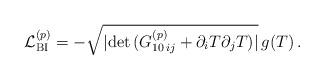
LaTeX: \begin{align*} {\cal L}_{\rm BI}^{(p)} = -\sqrt{ |{\rm det}\, ({G}^{(p)}_{10\,ij} + \partial_iT\partial_jT)|}\,g(T)\,.\end{align*}